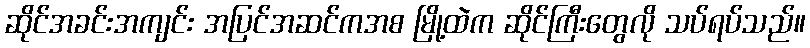
ဆိုင်အခင်းအကျင်း အပြင်အဆင်ကအစ မြို့ထဲက ဆိုင်ကြီးတွေလို သပ်ရပ်သည်။